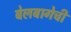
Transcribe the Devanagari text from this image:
बेलबागेची